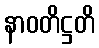
နာဝတိဋ္ဌတိ